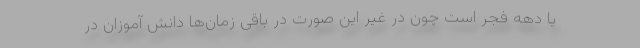
یا دهه فجر است چون در غیر این صورت در باقی زمان‌ها دانش آموزان در